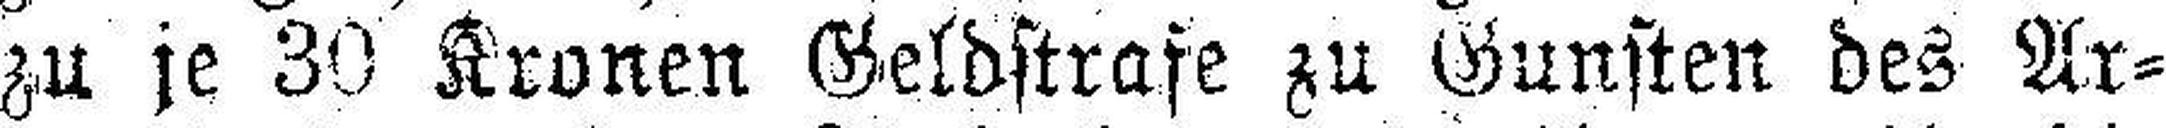
zu je 30 Kronen Geldstrafe zu Gunsten des Ar¬